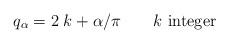
LaTeX: \begin{align*}q_\alpha= 2\; k +\alpha /\pi \qquad \mbox{\rm{$k$ integer}} \end{align*}